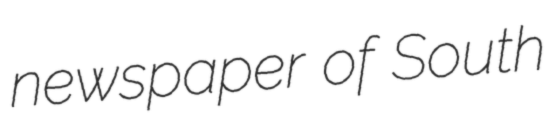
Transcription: newspaper of South